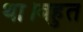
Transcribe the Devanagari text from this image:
था।बहुत